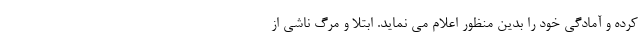
کرده و آمادگی خود را بدین منظور اعلام می نماید. ابتلا و مرگ ناشی از